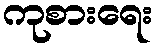
ကုစားရေး